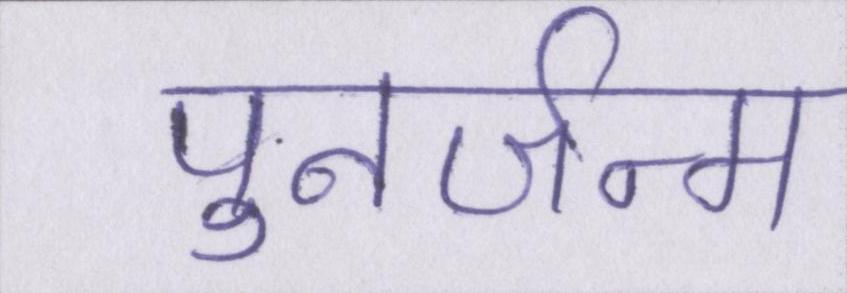
पुनर्जन्म